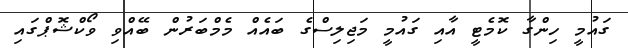
ގައުމީ ހިންގާ ކޮމެޓީ އާއި ގައުމީ މަޖިލިސްގެ ބައެއް މެމްބަރުން ބޭއްވި ވޯކްޝޮޕްގައި